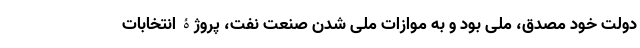
دولت خود مصدق، ملی بود و به موازات ملی شدن صنعت نفت، پروژۀ انتخابات